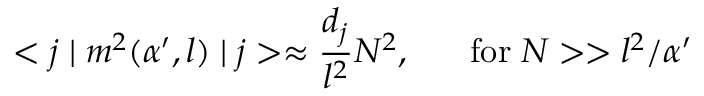
< j \mid m ^ { 2 } ( \alpha ^ { \prime } , l ) \mid j > \approx \frac { d _ { j } } { l ^ { 2 } } N ^ { 2 } , \; \; \; \; \; \; \mathrm { f o r } \; N > > l ^ { 2 } / \alpha ^ { \prime }